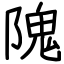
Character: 隗